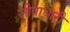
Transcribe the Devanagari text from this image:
जीवाधारी